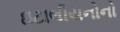
ઇટાલીયનોનો